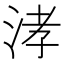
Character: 涍